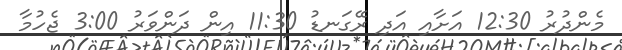
މެންދުރު 12:30 އަށާއި އަދި ރޭގަނޑު 11:30 އިން ދަންވަރު 3:00 ޖެހުމާ